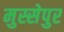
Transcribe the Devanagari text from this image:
मुस्सेपुर